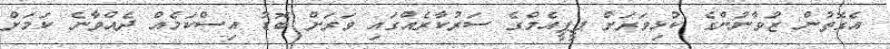
އެގޮތުން ޒުވާނުންގެ ކުޅިވަރަށް ޕީޕީއެމްގެ ސަރުކާރެއްގައި ވަރަށް ބޮޑު އިސްކަމެއް ދެއްވާނެ ކަމަށް